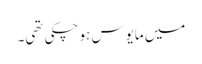
میں مایوس ہو چکی تھی۔